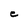
Character: C